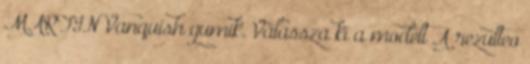
MARTIN Vanquish gumik. Válassza ki a modelt A rezulteo